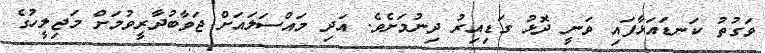
ވަގުތު ކަނޑައަޅާފައި ވަނީ ދޮޅު ގަޑިއިރު ދިނުމަށެވެ. އަދި މައްސަލައަށް ޖަވާބުދާރީވުމަށް މަޖިލީހުގެ